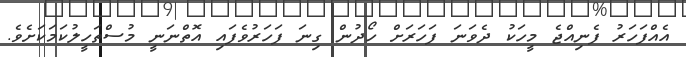
އެއްފަަހަރު ފެނިއްޖެ މީހަކު ދެވަނަ ފަހަރަށް ހޯދުން ގިނަ ފަހަރުވެފައި އޮތްނަނީ މުސްތަހީލުކަމަކަށެވެ.